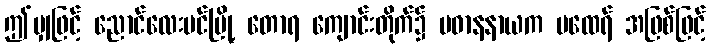
ဤမျှဖြင့် ညောင်လေးပင်မြို့ တောရ ကျောင်းတိုက်၌ ပဓာနနာယက မထေရ် အဖြစ်ဖြင့်